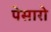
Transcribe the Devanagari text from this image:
पेसारो